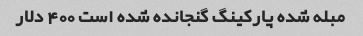
مبله شده پارکینگ گنجانده شده است 400 دلار